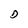
Character: D